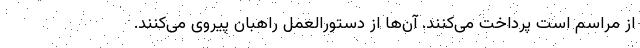
از مراسم است پرداخت می‌کنند. آن‌ها از دستورالعمل راهبان پیروی می‌کنند.